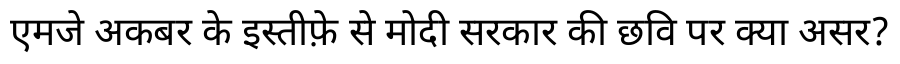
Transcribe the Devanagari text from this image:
एमजे अकबर के इस्तीफ़े से मोदी सरकार की छवि पर क्या असर?